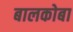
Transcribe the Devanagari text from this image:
बालकोबा